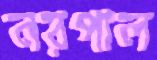
নরপাল